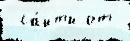
 са́йты от